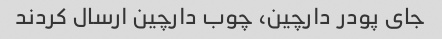
جای پودر دارچین، چوب دارچین ارسال کردند